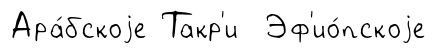
Ара́бскоjе Такр'и Эф'ио́пскоjе